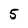
Character: 5